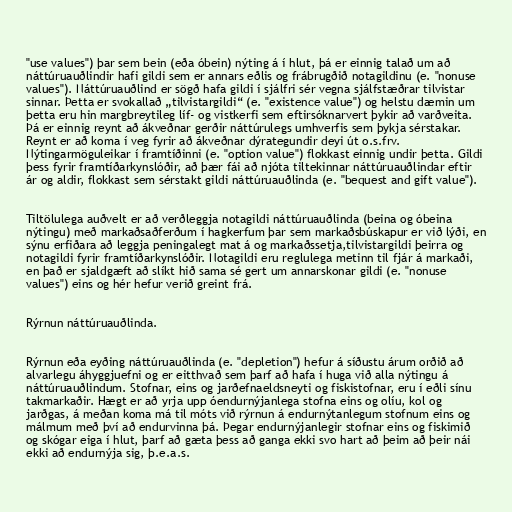
"use values") þar sem bein (eða óbein) nýting á í hlut, þá er einnig talað um að
náttúruauðlindir hafi gildi sem er annars eðlis og frábrugðið notagildinu (e. "nonuse
values"). Náttúruauðlind er sögð hafa gildi í sjálfri sér vegna sjálfstæðrar tilvistar
sinnar. Þetta er svokallað „tilvistargildi“ (e. "existence value") og helstu dæmin um
þetta eru hin margbreytileg líf- og vistkerfi sem eftirsóknarvert þykir að varðveita.
Þá er einnig reynt að ákveðnar gerðir náttúrulegs umhverfis sem þykja sérstakar.
Reynt er að koma í veg fyrir að ákveðnar dýrategundir deyi út o.s.frv.
Nýtingarmöguleikar í framtíðinni (e. "option value") flokkast einnig undir þetta. Gildi
þess fyrir framtíðarkynslóðir, að þær fái að njóta tiltekinnar náttúruauðlindar eftir
ár og aldir, flokkast sem sérstakt gildi náttúruauðlinda (e. "bequest and gift value").

Tiltölulega auðvelt er að verðleggja notagildi náttúruauðlinda (beina og óbeina
nýtingu) með markaðsaðferðum í hagkerfum þar sem markaðsbúskapur er við lýði, en
sýnu erfiðara að leggja peningalegt mat á og markaðssetja,tilvistargildi þeirra og
notagildi fyrir framtíðarkynslóðir. Notagildi eru reglulega metinn til fjár á markaði,
en það er sjaldgæft að slíkt hið sama sé gert um annarskonar gildi (e. "nonuse
values") eins og hér hefur verið greint frá.

Rýrnun náttúruauðlinda.

Rýrnun eða eyðing náttúruauðlinda (e. "depletion") hefur á síðustu árum orðið að
alvarlegu áhyggjuefni og er eitthvað sem þarf að hafa í huga við alla nýtingu á
náttúruauðlindum. Stofnar, eins og jarðefnaeldsneyti og fiskistofnar, eru í eðli sínu
takmarkaðir. Hægt er að yrja upp óendurnýjanlega stofna eins og olíu, kol og
jarðgas, á meðan koma má til móts við rýrnun á endurnýtanlegum stofnum eins og
málmum með því að endurvinna þá. Þegar endurnýjanlegir stofnar eins og fiskimið
og skógar eiga í hlut, þarf að gæta þess að ganga ekki svo hart að þeim að þeir nái
ekki að endurnýja sig, þ.e.a.s.